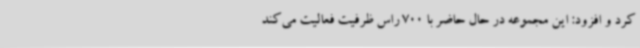
کرد و افزود: این مجموعه در حال حاضر با 700 راس ظرفیت فعالیت می‌کند